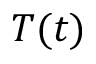
T ( t )